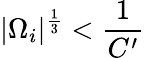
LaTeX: |\Omega_{i}|^{\frac{1}{3}}<\frac{1}{C^{\prime}}